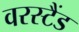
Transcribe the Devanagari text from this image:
वरस्टैंड